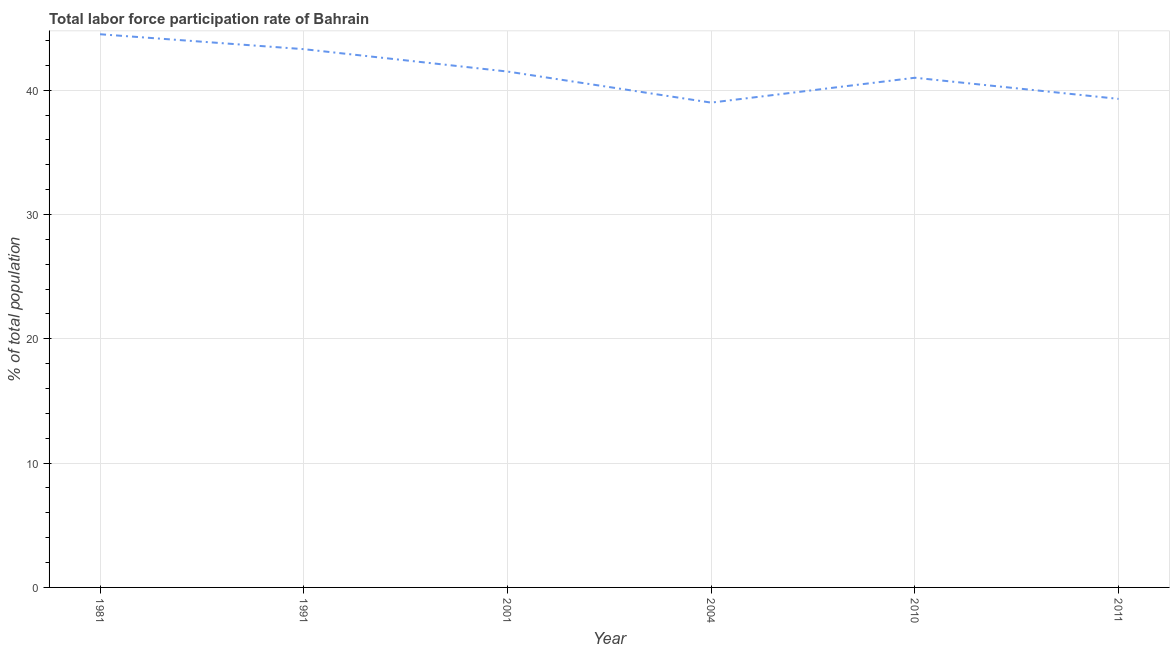
| Year | Labor force participation rate for ages 15-24 total |
 | --- | --- |
 | 1981 | 44.5 |
 | 1991 | 43.3 |
 | 2001 | 41.5 |
 | 2004 | 39 |
 | 2010 | 41 |
 | 2011 | 39.3 |